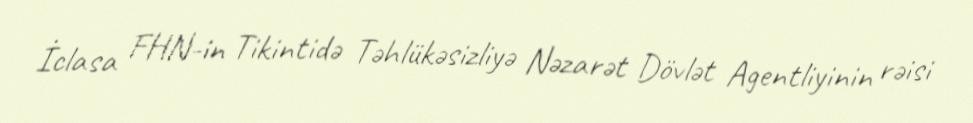
İclasa FHN-in Tikintidə Təhlükəsizliyə Nəzarət Dövlət Agentliyinin rəisi